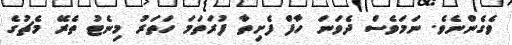
ވެގެންނެވެ. ނަމަވެސް ދެވަނަ ހާފް ފެށިތާ ފުރަތަމަ ހަތަރު މިނެޓު ތެރޭ މެޗުގެ